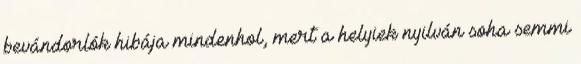
bevándorlók hibája mindenhol, mert a helyiek nyilván soha semmi